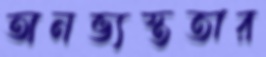
অনভ্যস্ততার